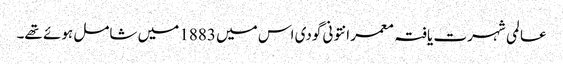
عا لمی شہرت یافتہ معمر انتونی گودی اس میں 1883 میں شامل ہوئے تھے۔